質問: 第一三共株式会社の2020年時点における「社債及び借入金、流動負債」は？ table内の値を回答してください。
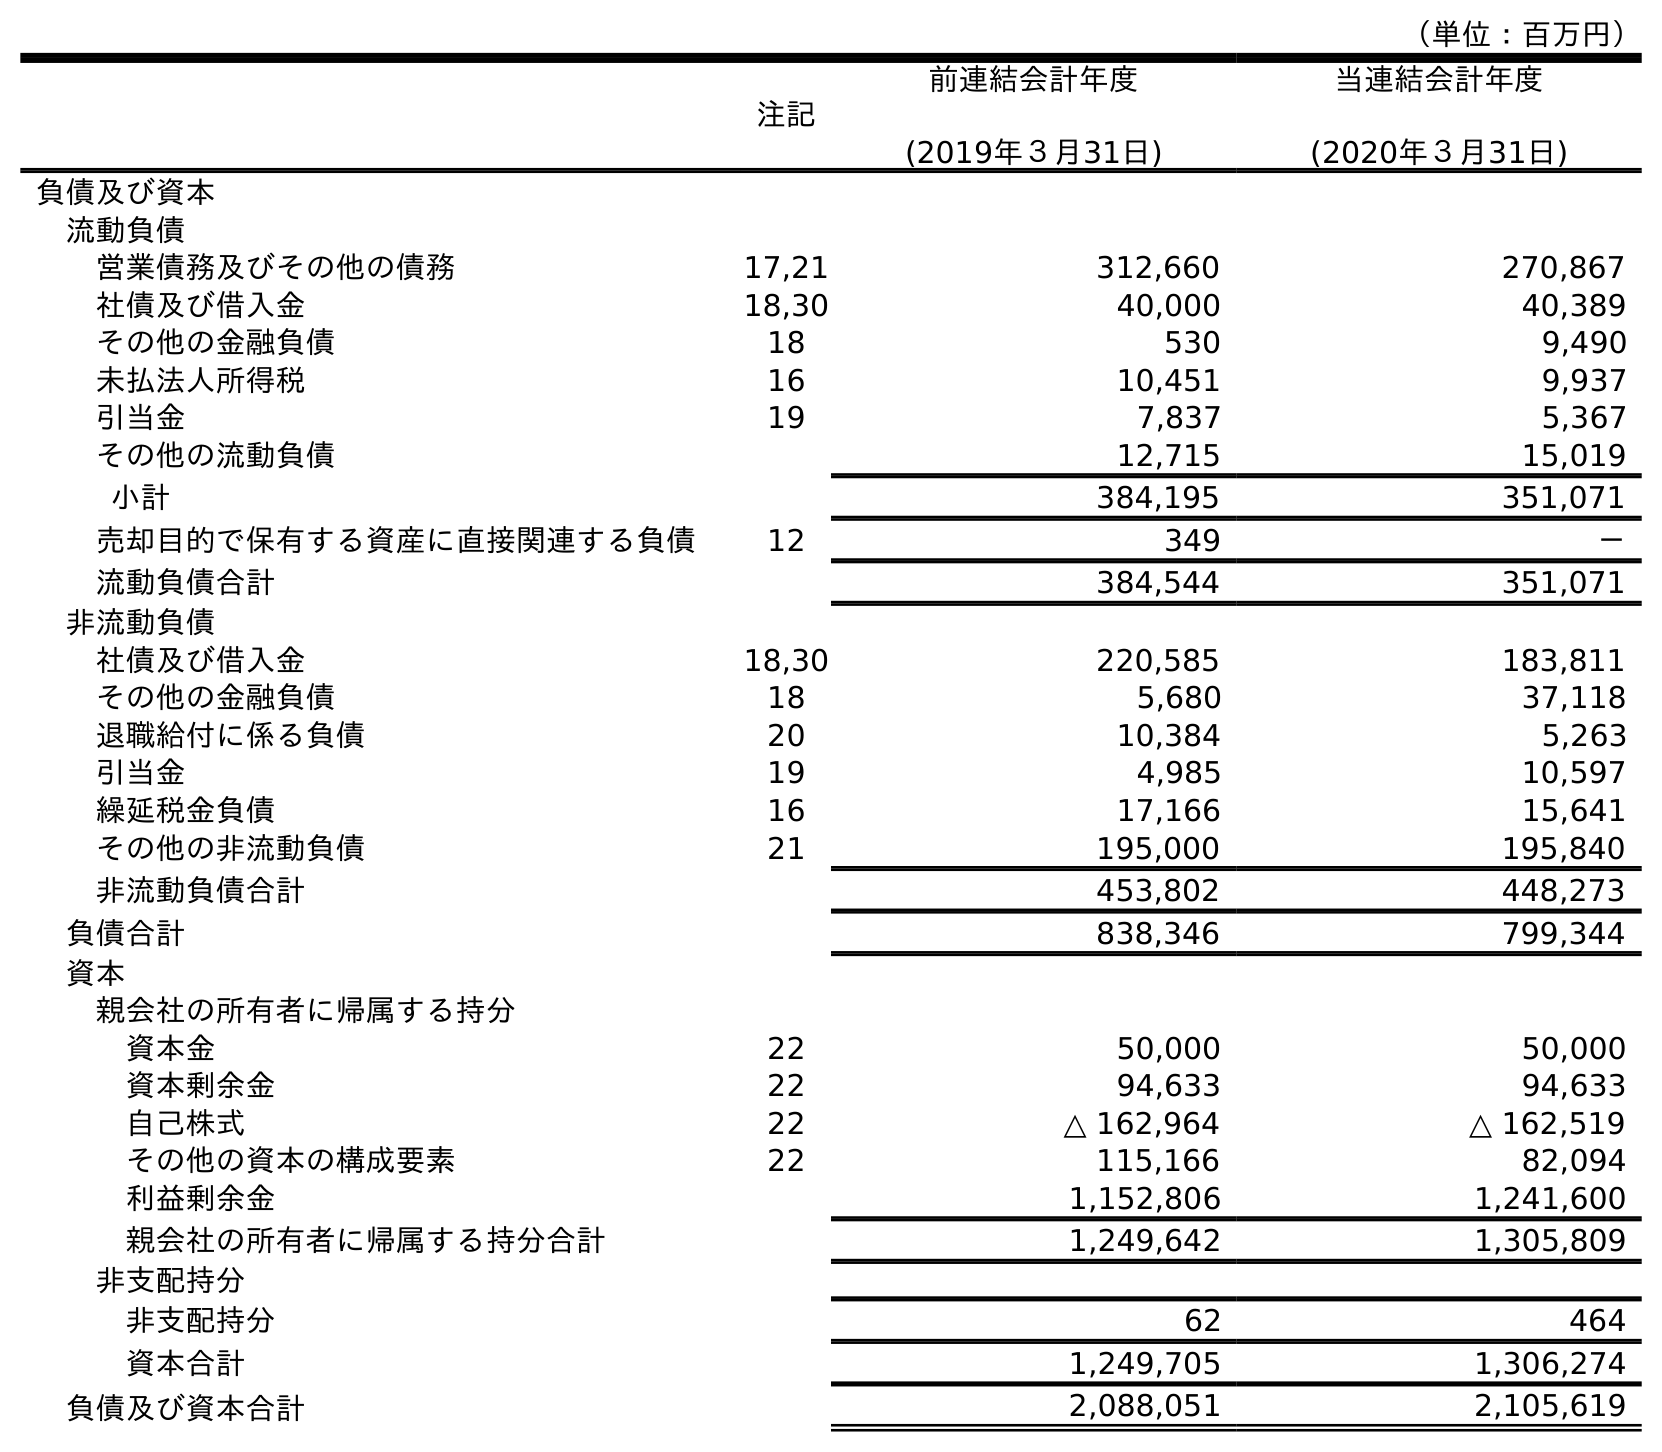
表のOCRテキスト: （単位：百万円） 注記 前連結会計年度 (2019年３月31日) 当連結会計年度 (2020年３月31日) 負債及び資本 流動負債 営業債務及びその他の債務 17,21 312,660 270,867 社債及び借入金 18,30 40,000 40,389 その他の金融負債 18 530 9,490 未払法人所得税 16 10,451 9,937 引当金 19 7,837 5,367 その他の流動負債 12,715 15,019 小計 384,195 351,071 売却目的で保有する資産に直接関連する負債 12 349 － 流動負債合計 384,544 351,071 非流動負債 社債及び借入金 18,30 220,585 183,811 その他の金融負債 18 5,680 37,118 退職給付に係る負債 20 10,384 5,263 引当金 19 4,985 10,597 繰延税金負債 16 17,166 15,641 その他の非流動負債 21 195,000 195,840 非流動負債合計 453,802 448,273 負債合計 838,346 799,344 資本 親会社の所有者に帰属する持分 資本金 22 50,000 50,000 資本剰余金 22 94,633 94,633 自己株式 22 △ 162,964 △ 162,519 その他の資本の構成要素 22 115,166 82,094 利益剰余金 1,152,806 1,241,600 親会社の所有者に帰属する持分合計 1,249,642 1,305,809 非支配持分 非支配持分 62 464 資本合計 1,249,705 1,306,274 負債及び資本合計 2,088,051 2,105,619
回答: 40,389